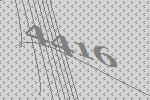
4416